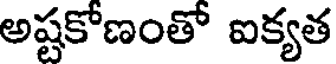
అష్టకోణంతో ఐక్యత